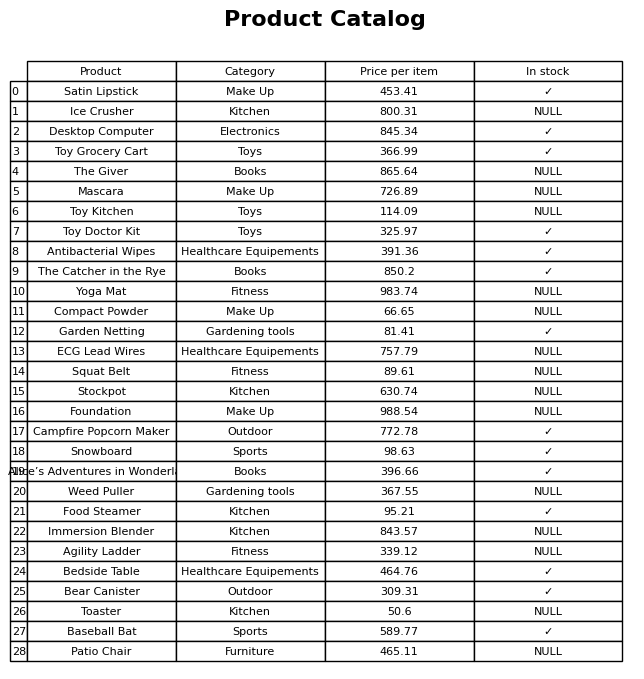
question: Is the Snowboard in stock?
answer: ✓